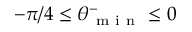
- \pi / 4 \leq \theta _ { \mathrm { ~ m ~ i ~ n ~ } } ^ { - } \leq 0